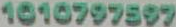
1010797597